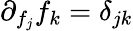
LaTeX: \partial_{f_{j}}f_{k}=\delta_{jk}